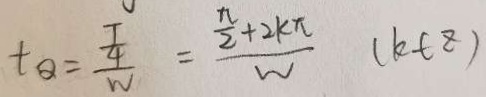
t _ { Q } = \frac { \frac { T } { 4 } } { w } = \frac { \frac { \pi } { 2 } + 2 k \pi } { w } ( k \in z )